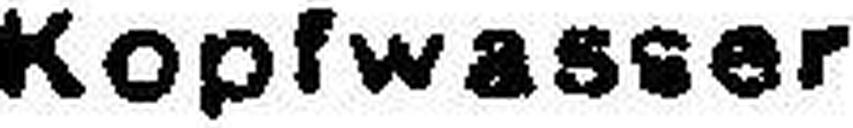
Kopfwasser